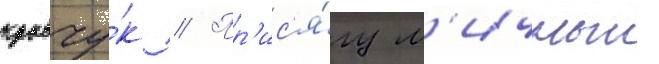
кравчу́к // Пр'ис'я́гу л'ичныи